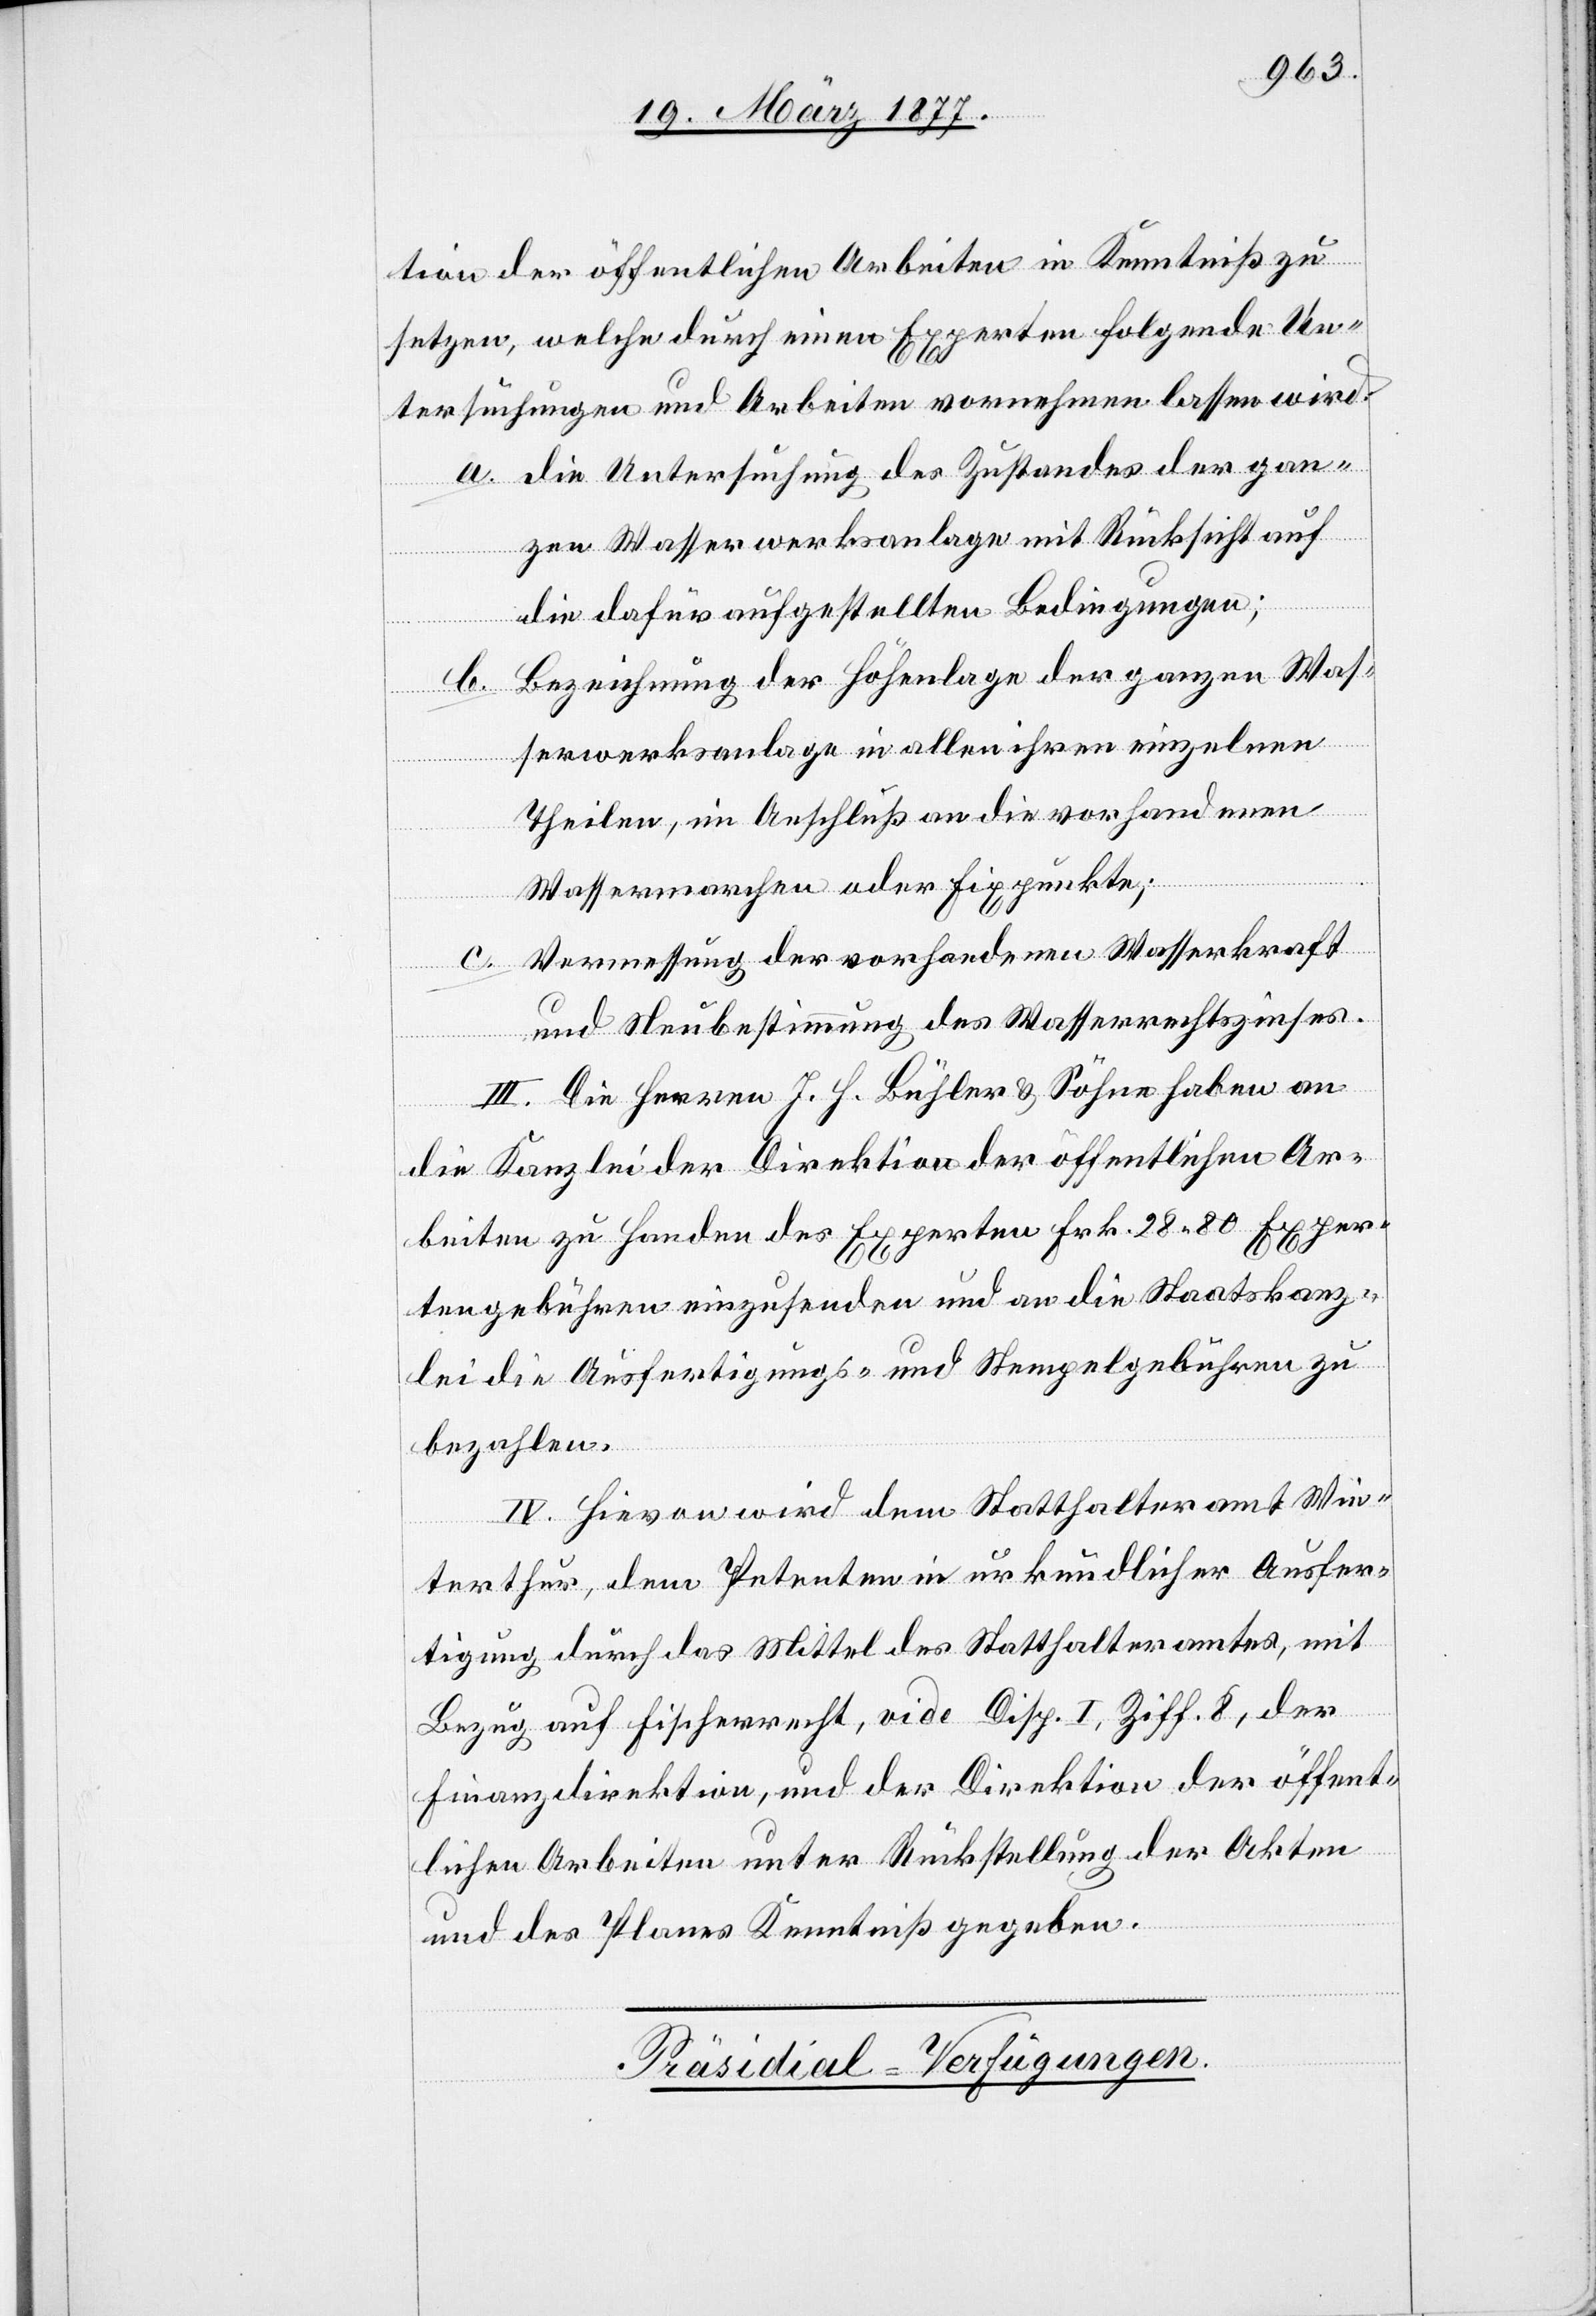
tion der öffentlichen Arbeiten in Kenntniß zu
setzen, welche durch einen Experten folgende Un¬
tersuchungen und Arbeiten vornehmen lassen wird:
a. Die Untersuchung des Zustandes der gan¬
zen Wasserwerksanlage mit Rücksicht auf
die dafür aufgestellten Bedingungen;
Bezeichnung der Höhenlage der ganzen Was¬
serwerksanlage in allen ihren einzelnen
Theilen, im Anschluß an die vorhandenen
Wassermarchen oder Fixpunkte;
Vermessung der vorhandenen Wasserkraft
b.
und Neubestimmung des Wasserrechtszinses.
III. Die Herren J. H. Bühler & Söhne haben an
die Kanzlei der Direktion der öffentlichen Ar¬
beiten zu Handen des Experten Frk. 28 80 Exper¬
tengebühren einzusenden und an die Staatskanz¬
lei die Ausfertigungs- und Stempelgebühren zu
bezahlen.
IV. Hievon wird dem Statthalteramt Win¬
terthur, dem Petenten in urkundlicher Ausfer¬
tigung durch das Mittel des Statthalteramtes, mit
Bezug auf Fischerrecht, vide Disp. I, Ziff. 8, der
Finanzdirektion, und der Direktion der öffent¬
lichen Arbeiten unter Rückstellung der Akten
und des Planes Kenntniß gegeben.
Präsidial-Verfügungen.